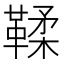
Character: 鞣